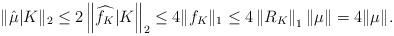
LaTeX: \begin{align*}\|\hat \mu|K\|_2\le 2\left\|\widehat{f_K}|K\right\|_2\le 4\|f_K\|_1\le 4\left\|R_K\right\|_1\|\mu\|=4\|\mu\|.\end{align*}